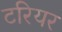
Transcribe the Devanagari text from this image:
टरियर